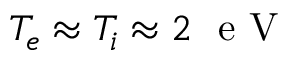
T _ { e } \approx T _ { i } \approx 2 \ \mathrm { ~ e ~ V ~ }